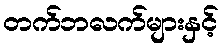
တက်ဘလက်များနှင့်